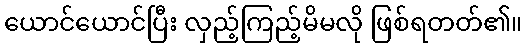
ယောင်ယောင်ပြီး လှည့်ကြည့်မိမလို ဖြစ်ရတတ်၏။